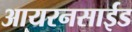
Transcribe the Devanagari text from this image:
आयरनसाईड